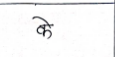
मजकूर: के